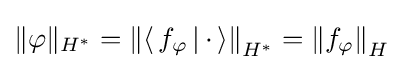
\|\varphi \|_{H^{*}}=\left\|\left\langle \,f_{\varphi }\,|\,\cdot \,\right\rangle \right\|_{H^{*}}=\left\|f_{\varphi }\right\|_{H}